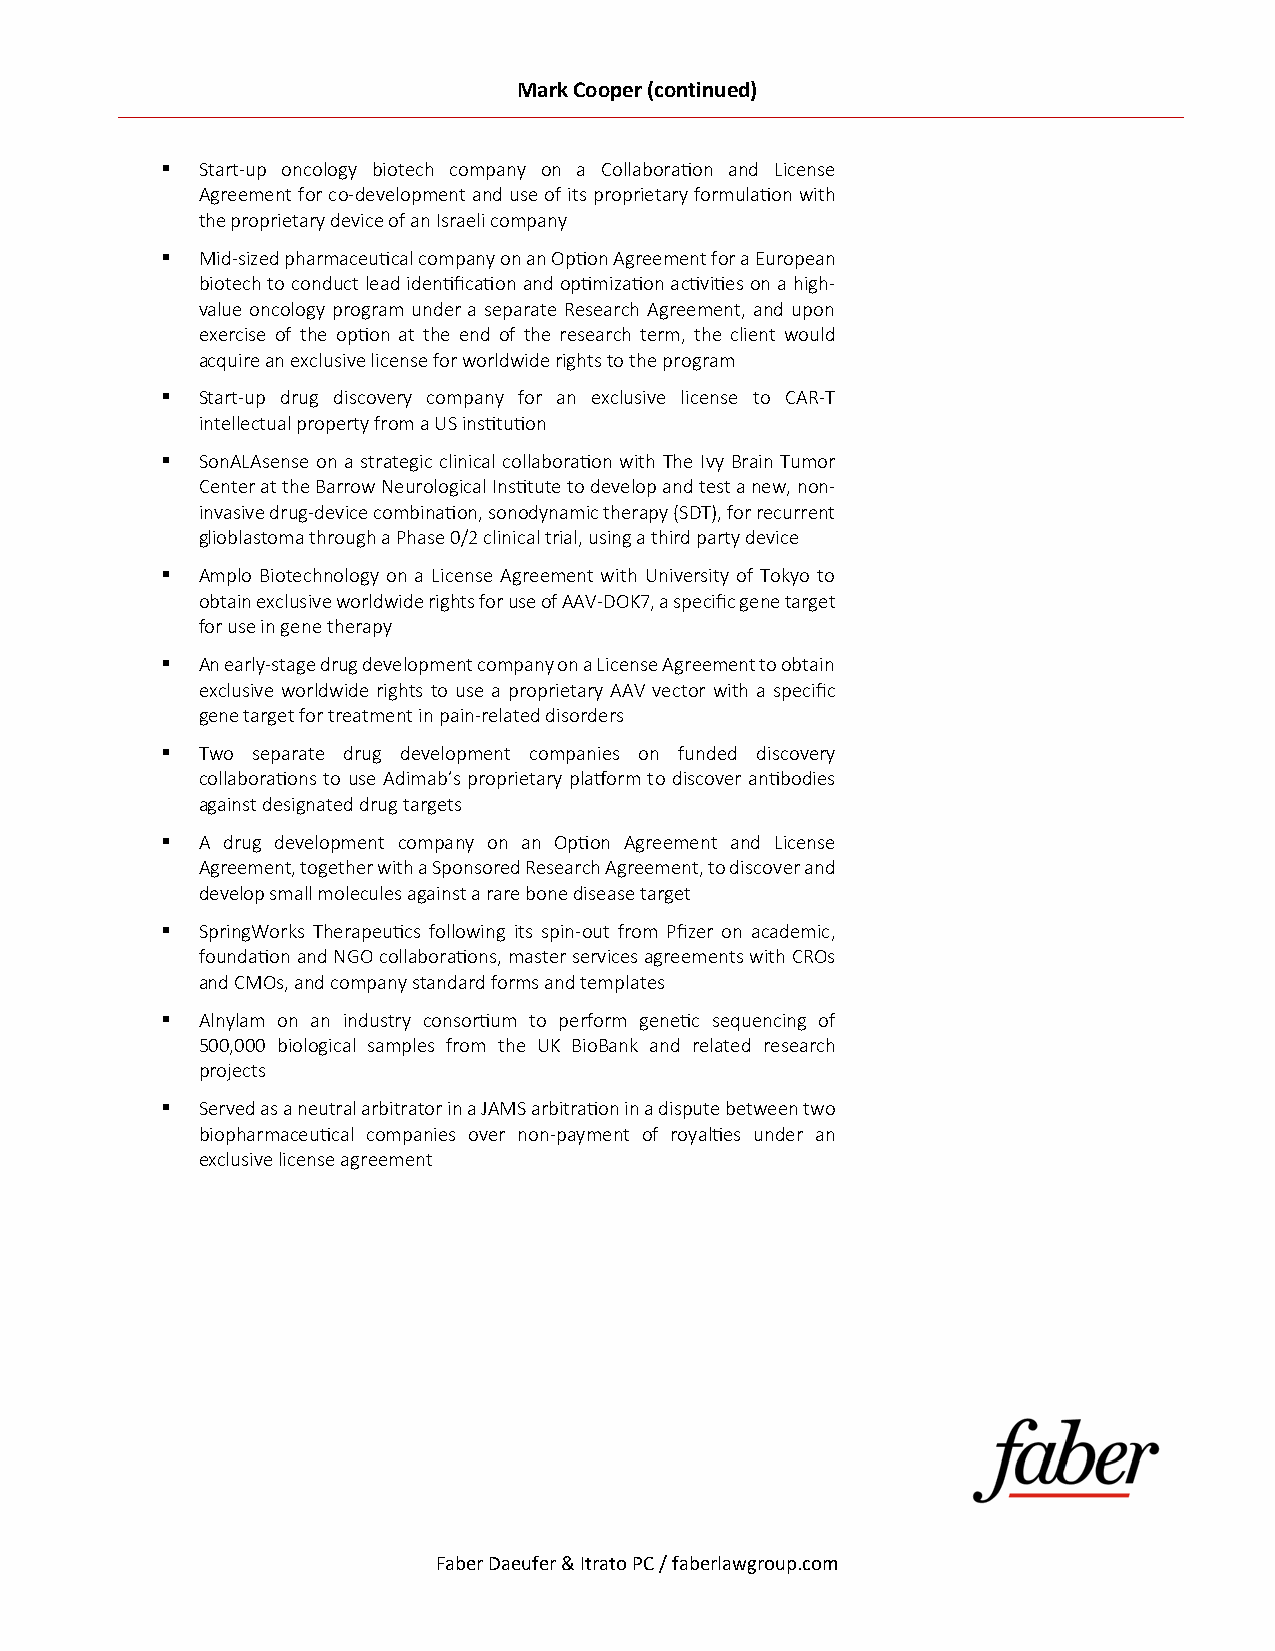
Mark Cooper (continued)
  Start-up oncology biotech company on a Collaborafion and License
 Agreement for co-development and use of its proprietary formulafion with
 the proprietary device of an Israeli company
  Mid-sized pharmaceufical company on an Opfion Agreement for a European
 biotech to conduct lead idenfificafion and opfimizafion acfivifies on a high-
 value oncology program under a separate Research Agreement, and upon
 exercise of the opfion at the end of the research term, the client would
 acquire an exclusive license for worldwide rights to the program
  Start-up drug discovery company for an exclusive license to CAR-T
 intellectual property from a US insfitufion
  SonALAsense on a strategic clinical collaborafion with The Ivy Brain Tumor
 Center at the Barrow Neurological Insfitute to develop and test a new, non-
 invasive drug-device combinafion, sonodynamic therapy (SDT), for recurrent
 glioblastoma through a Phase 0/2 clinical trial, using a third party device
  Amplo Biotechnology on a License Agreement with University of Tokyo to
 obtain exclusive worldwide rights for use of AAV-DOK7, a specific gene target
 for use in gene therapy
  An early-stage drug development company on a License Agreement to obtain
 exclusive worldwide rights to use a proprietary AAV vector with a specific
 gene target for treatment in pain-related disorders
  Two separate drug development companies on funded discovery
 collaborafions to use Adimab’s proprietary plafform to discover anfibodies
 against designated drug targets
  A drug development company on an Opfion Agreement and License
 Agreement, together with a Sponsored Research Agreement, to discover and
 develop small molecules against a rare bone disease target
  SpringWorks Therapeufics following its spin-out from Pfizer on academic,
 foundafion and NGO collaborafions, master services agreements with CROs
 and CMOs, and company standard forms and templates
  Alnylam on an industry consorfium to perform genefic sequencing of
 500,000 biological samples from the UK BioBank and related research
 projects
  Served as a neutral arbitrator in a JAMS arbitrafion in a dispute between two
 biopharmaceufical companies over non-payment of royalfies under an
 exclusive license agreement
 Faber Daeufer & Itrato PC / faberlawgroup.com